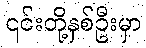
၎င်းတို့နှစ်ဦးမှာ